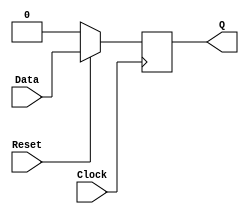
module Dflipflop(	input Data,
					input Clock,
					input Reset,
					output reg Q );
					
		always @ (posedge Clock )
			if (!Reset)
				Q<=0;
			else
				Q<=Data;
		
endmodule